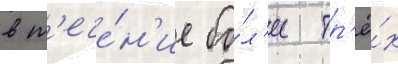
в т'ече́н'ие бо́л'ее тр'ё́х